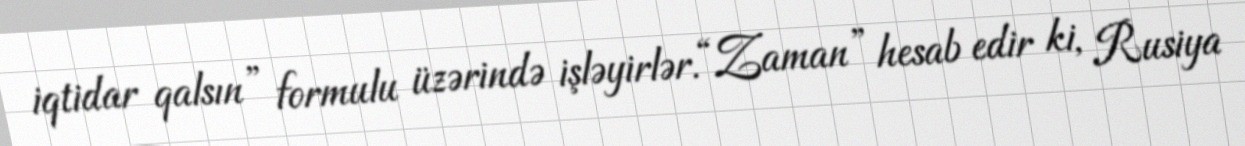
iqtidar qalsın” formulu üzərində işləyirlər.“Zaman” hesab edir ki, Rusiya